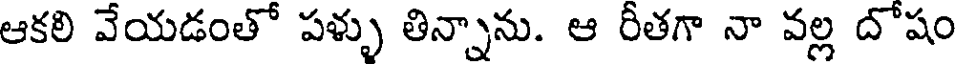
ఆకలి వేయడంతో పళ్ళు తిన్నాను. ఆ రీతగా నా వల్ల దోషం